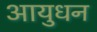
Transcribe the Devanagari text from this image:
आयुधन